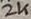
Text: 2K